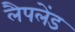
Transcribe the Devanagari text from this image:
लैपलेंड